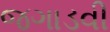
જગાડવી